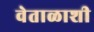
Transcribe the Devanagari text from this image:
वेताळाशी